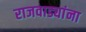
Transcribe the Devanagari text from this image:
राजवाड्यांना